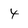
Character: 4